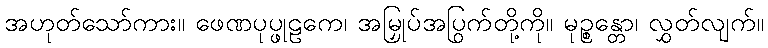
အဟုတ်သော်ကား။ ဖေဏပုပ္ဖုဠကေ၊ အမြှုပ်အပြွက်တို့ကို။ မုဉ္စန္တော၊ လွှတ်လျက်။